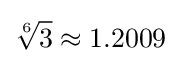
{\sqrt[{6}]{3}}\approx 1.2009